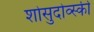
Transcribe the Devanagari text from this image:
शोसुदोव्स्की